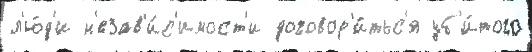
л'ю́д'и н'езав'и́с'имост'и договор'и́тьс'я уб'и́того